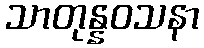
သာတုန္နဝသနာ